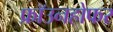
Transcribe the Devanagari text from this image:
फ्रॉउनहोफर